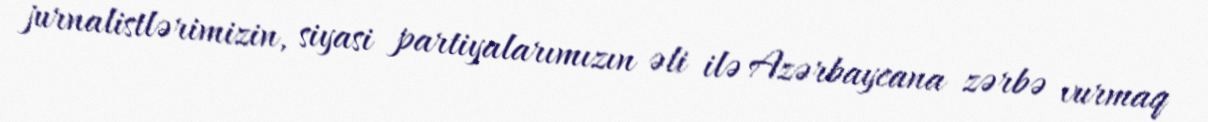
jurnalistlərimizin, siyasi partiyalarımızın əli ilə Azərbaycana zərbə vurmaq